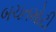
બચતમોટી